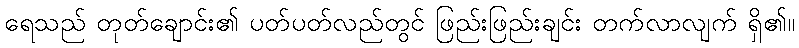
ရေသည် တုတ်ချောင်း၏ ပတ်ပတ်လည်တွင် ဖြည်းဖြည်းချင်း တက်လာလျက် ရှိ၏။